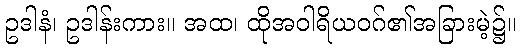
ဥဒါနံ၊ ဥဒါန်းကား။ အထ၊ ထိုအဝါရိယဝဂ်၏အခြားမဲ့၌။